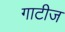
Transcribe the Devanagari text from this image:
गाटीज